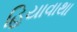
હિયાવાથા